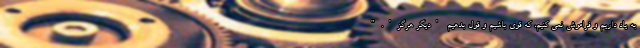
به یاد داریم و فراموش نمی کنیم، که قوی باشیم و قول بدهیم 'دیگر هرگز'."